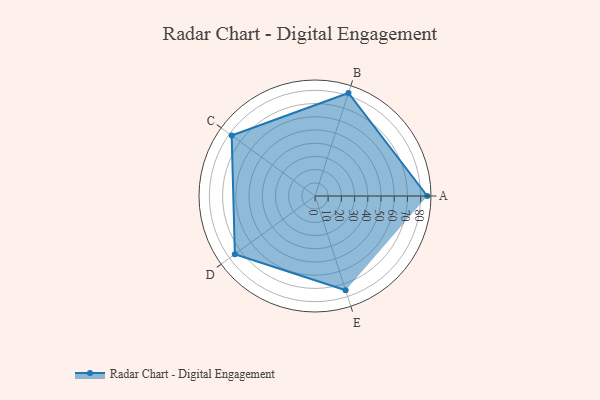
{"axis": {"x": "Skill", "y": "Score"}, "legend": ["Profile"], "data": [{"x": "A", "y": 85.0, "type": "Profile"}, {"x": "B", "y": 82.0, "type": "Profile"}, {"x": "C", "y": 78.0, "type": "Profile"}, {"x": "D", "y": 75.0, "type": "Profile"}, {"x": "E", "y": 75.0, "type": "Profile"}]}